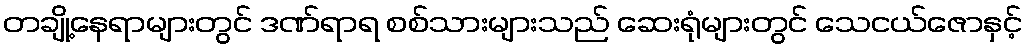
တချို့နေရာများတွင် ဒဏ်ရာရ စစ်သားများသည် ဆေးရုံများတွင် သေငယ်ဇောနှင့်